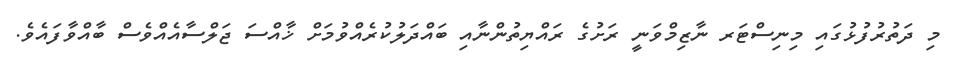
މި ދަތުރުފުޅުގައި މިނިސްޓަރ ނާޒިމްވަނީ ރަށުގެ ރައްޔިތުންނާއި ބައްދަލުކުރެއްވުމަށް ޚާއްސަ ޖަލްސާއެއްވެސް ބާއްވާފައެވެ.